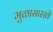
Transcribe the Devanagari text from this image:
मुळासारखे